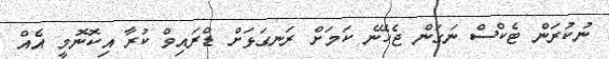
ނުކުރަން ޓެކްސް ނަގަން ޖެހޭނެ ކަމަށް ރަނގަޅަށް ޑްރައިވް ކުރާ އިކޮނޮމީ އެއް